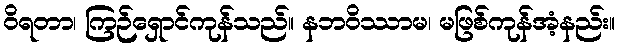
ဝိရတာ၊ ကြဉ်ရှောင်ကုန်သည်။ နဘဝိဿာမ၊ မဖြစ်ကုန်အံ့နည်း။